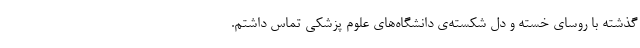
گذشته با روسای خسته و دل شکسته‌ی دانشگاه‌های علوم پزشکی تماس داشتم.